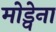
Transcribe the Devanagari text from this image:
मोड्वेना